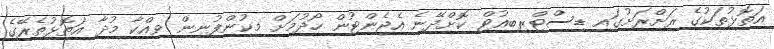
އަތޮޅުތަކުގެ ރަށްރަށުގައި ޑިސްޓްރިބިއުޓް ކޮށްދޭނެ އެޖެންޓުން ހޯދުމަށް މިކުންފުނިން ވިއްކާ މުދާ އަތޮޅުތެރޭގެ